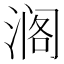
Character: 𮳍